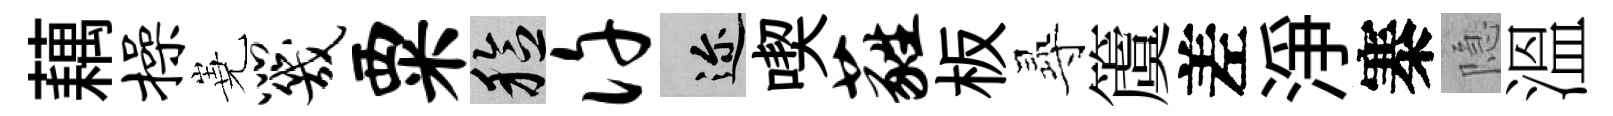
藕操嶤咒粟稔许邇喫蕤板𡬶𥵂差淨寨隐溫